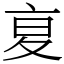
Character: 㚆